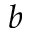
b